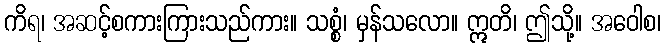
ကိရ၊ အဆင့်စကားကြားသည်ကား။ သစ္စံ၊ မှန်သလော။ ဣတိ၊ ဤသို့။ အဝေါစ၊